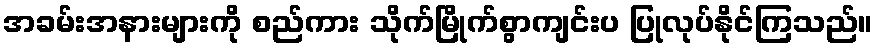
အခမ်းအနားများကို စည်ကား သိုက်မြိုက်စွာကျင်းပ ပြုလုပ်နိုင်ကြသည်။